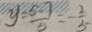
y = \frac { 5 - 7 } { 5 } = - \frac { 2 } { 5 }